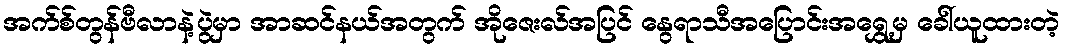
အက်စ်တွန်ဗီလာနဲ့ပွဲမှာ အာဆင်နယ်အတွက် အိုဇေးလ်အပြင် နွေရာသီအပြောင်းအရွှေ့မှ ခေါ်ယူထားတဲ့